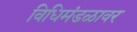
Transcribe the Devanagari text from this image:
विधिमंडळावर